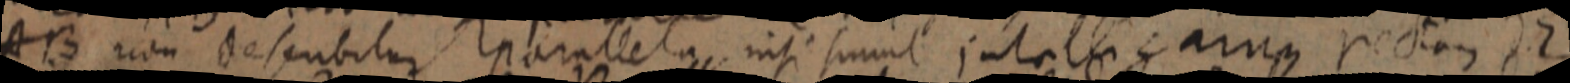
AB non describitur parallela, nisi simul intelligamus rectam d Z